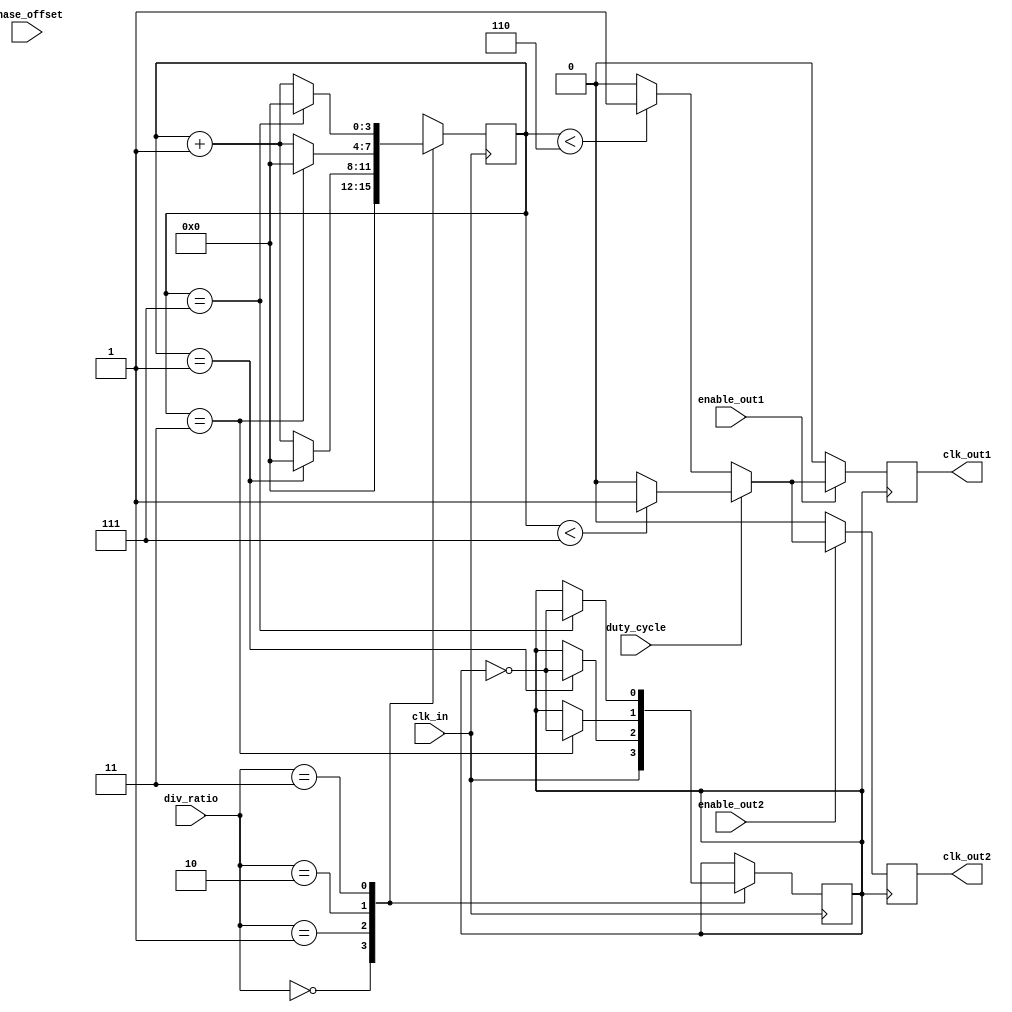
module ProgrammableClockBuffer (
    input wire clk_in,               // Input clock source
    input wire [1:0] div_ratio,      // Division ratio (00:1, 01:2, 10:4, 11:8)
    input wire [1:0] phase_offset,    // Phase offset (00:0, 01:90, 10:180, 11:270)
    input wire duty_cycle,            // Duty cycle control (0:50%, 1:75%)
    input wire enable_out1,           // Enable for CLK_OUT1
    input wire enable_out2,           // Enable for CLK_OUT2
    output reg clk_out1,              // Output clock 1
    output reg clk_out2               // Output clock 2
);

    reg [3:0] counter;                // Counter for frequency division
    reg clk_div;                      // Divided clock signal
    reg [1:0] phase_shift;            // Phase shift based on phase_offset

    // Frequency Divider Logic
    always @(posedge clk_in) begin
        case (div_ratio)
            2'b00: begin
                clk_div <= clk_in;     // No division
                counter <= 4'b0000;
            end
            2'b01: begin
                counter <= counter + 1;
                if (counter == 4'b0001) begin
                    clk_div <= ~clk_div; // Divide by 2
                    counter <= 4'b0000;
                end
            end
            2'b10: begin
                counter <= counter + 1;
                if (counter == 4'b0011) begin
                    clk_div <= ~clk_div; // Divide by 4
                    counter <= 4'b0000;
                end
            end
            2'b11: begin
                counter <= counter + 1;
                if (counter == 4'b0111) begin
                    clk_div <= ~clk_div; // Divide by 8
                    counter <= 4'b0000;
                end
            end
        endcase
    end

    // Phase Adjustment Logic
    always @(posedge clk_div) begin
        case (phase_offset)
            2'b00: phase_shift <= 2'b00; // 0 phase
            2'b01: phase_shift <= 2'b01; // 90 phase
            2'b10: phase_shift <= 2'b10; // 180 phase
            2'b11: phase_shift <= 2'b11; // 270 phase
        endcase
    end

    // Duty Cycle Control and Output Generation
    always @(posedge clk_div) begin
        if (enable_out1) begin
            if (duty_cycle) begin
                clk_out1 <= (counter < 4'b0111) ? 1'b1 : 1'b0; // 75% duty cycle
            end else begin
                clk_out1 <= (counter < 4'b0110) ? 1'b1 : 1'b0; // 50% duty cycle
            end
        end else begin
            clk_out1 <= 1'b0; // Disable output
        end
    end

    always @(posedge clk_div) begin
        if (enable_out2) begin
            if (duty_cycle) begin
                clk_out2 <= (counter < 4'b0111) ? 1'b1 : 1'b0; // 75% duty cycle
            end else begin
                clk_out2 <= (counter < 4'b0110) ? 1'b1 : 1'b0; // 50% duty cycle
            end
        end else begin
            clk_out2 <= 1'b0; // Disable output
        end
    end

endmodule